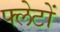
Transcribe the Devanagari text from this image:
फ्लेटों